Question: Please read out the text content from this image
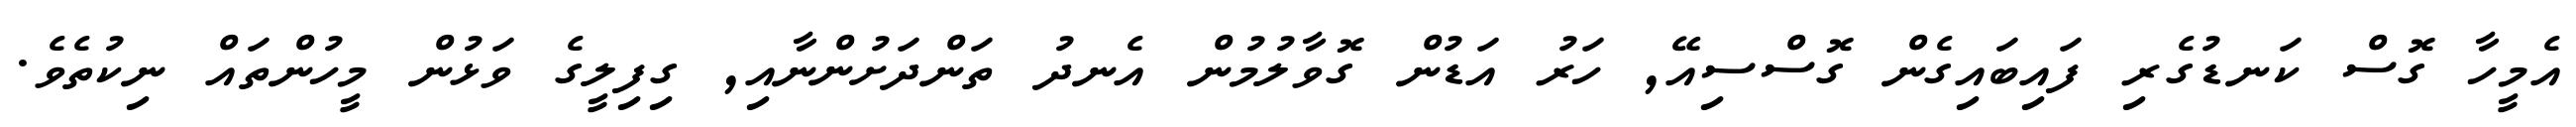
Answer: އެމީހާ ގޮސް ކަނޑުގެރި ފައިބައިގެން ގޮސްސިއޭ, ހަރު އަޑުން ގޮވާލުމުން އެނދު ތަންދަށުންނާއި, ގިފިލީގެ ވަޅުން މީހުންތައް ނިކުތެވެ.